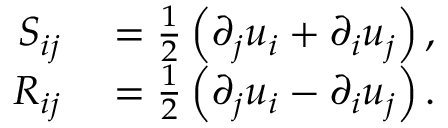
\begin{array} { r l } { S _ { i j } } & { { } = \frac { 1 } { 2 } \left( \partial _ { j } u _ { i } + \partial _ { i } u _ { j } \right) , } \\ { R _ { i j } } & { { } = \frac { 1 } { 2 } \left( \partial _ { j } u _ { i } - \partial _ { i } u _ { j } \right) . } \end{array}